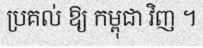
ប្រគល់ ឱ្យ កម្ពុជា វិញ ។